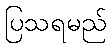
ပြသရမည်